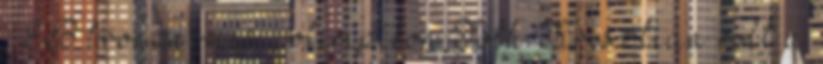
, EB bronzérmes , olimpikon Tóth Krisztián volt a